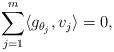
LaTeX: \begin{align*}\sum\limits_{j=1}^m\langle g_{\theta_j},v_j\rangle=0,\end{align*}